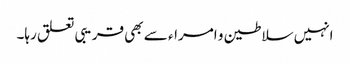
انہیں سلاطین و امراء سے بھی قریبی تعلق رہا۔